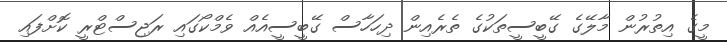
މީގެ އިތުުރުން މާލޭގެ ގޭބީސީތަކުގެ ތެރެއިން ދިހަހާސް ގޭބީސީއެއް ވެމްކޯގައި ރަޖިސްޓްރީ ކޮށްފައި